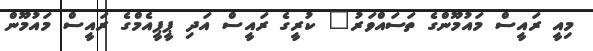
މިއީ ރައީސް މައުމޫންގެ ތަސައްވަރު" ކުރީގެ ރައީސް އަދި ޕީޕީއެމްގެ ރައީސް މައުމޫން